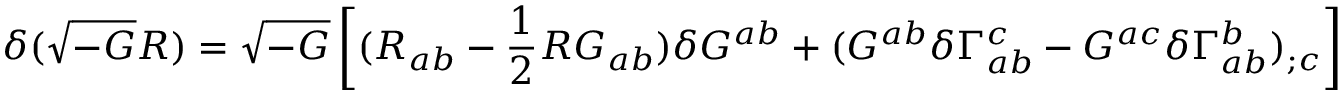
\delta ( \sqrt { - G } { \cal R } ) = \sqrt { - G } \left[ ( { \cal R } _ { a b } - \frac { 1 } { 2 } { \cal R } G _ { a b } ) \delta G ^ { a b } + ( G ^ { a b } \delta \Gamma _ { a b } ^ { c } - G ^ { a c } \delta \Gamma _ { a b } ^ { b } ) _ { ; c } \right]